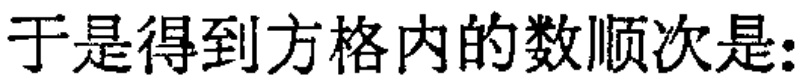
于是得到方格内的数顺次是：